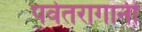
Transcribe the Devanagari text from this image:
पर्वतरागांनी